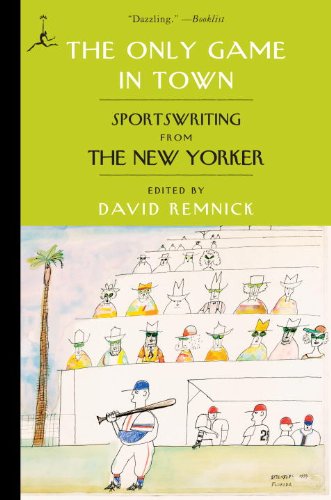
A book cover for The Only Game in Town: Sportswriting from The New Yorker (Modern Library Paperbacks); Sports & Outdoors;